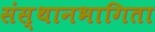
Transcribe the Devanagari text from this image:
संस्थानभागिता